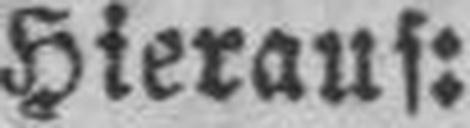
Hieraus: